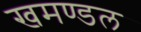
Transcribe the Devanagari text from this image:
खमण्डल